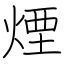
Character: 煙